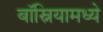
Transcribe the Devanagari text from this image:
बॉस्नियामध्ये